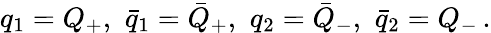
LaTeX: q_{1}=Q_{+},\, \, \bar{q}_{1}=\bar{Q}_{+},\, \, q_{2}=\bar{Q}_{-},\, \, \bar{q}_{2}=Q_{-}\, .